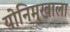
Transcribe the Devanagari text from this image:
योनिमुखाला